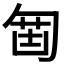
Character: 𠣲